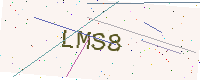
Text: LMS8